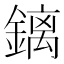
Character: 𰽅